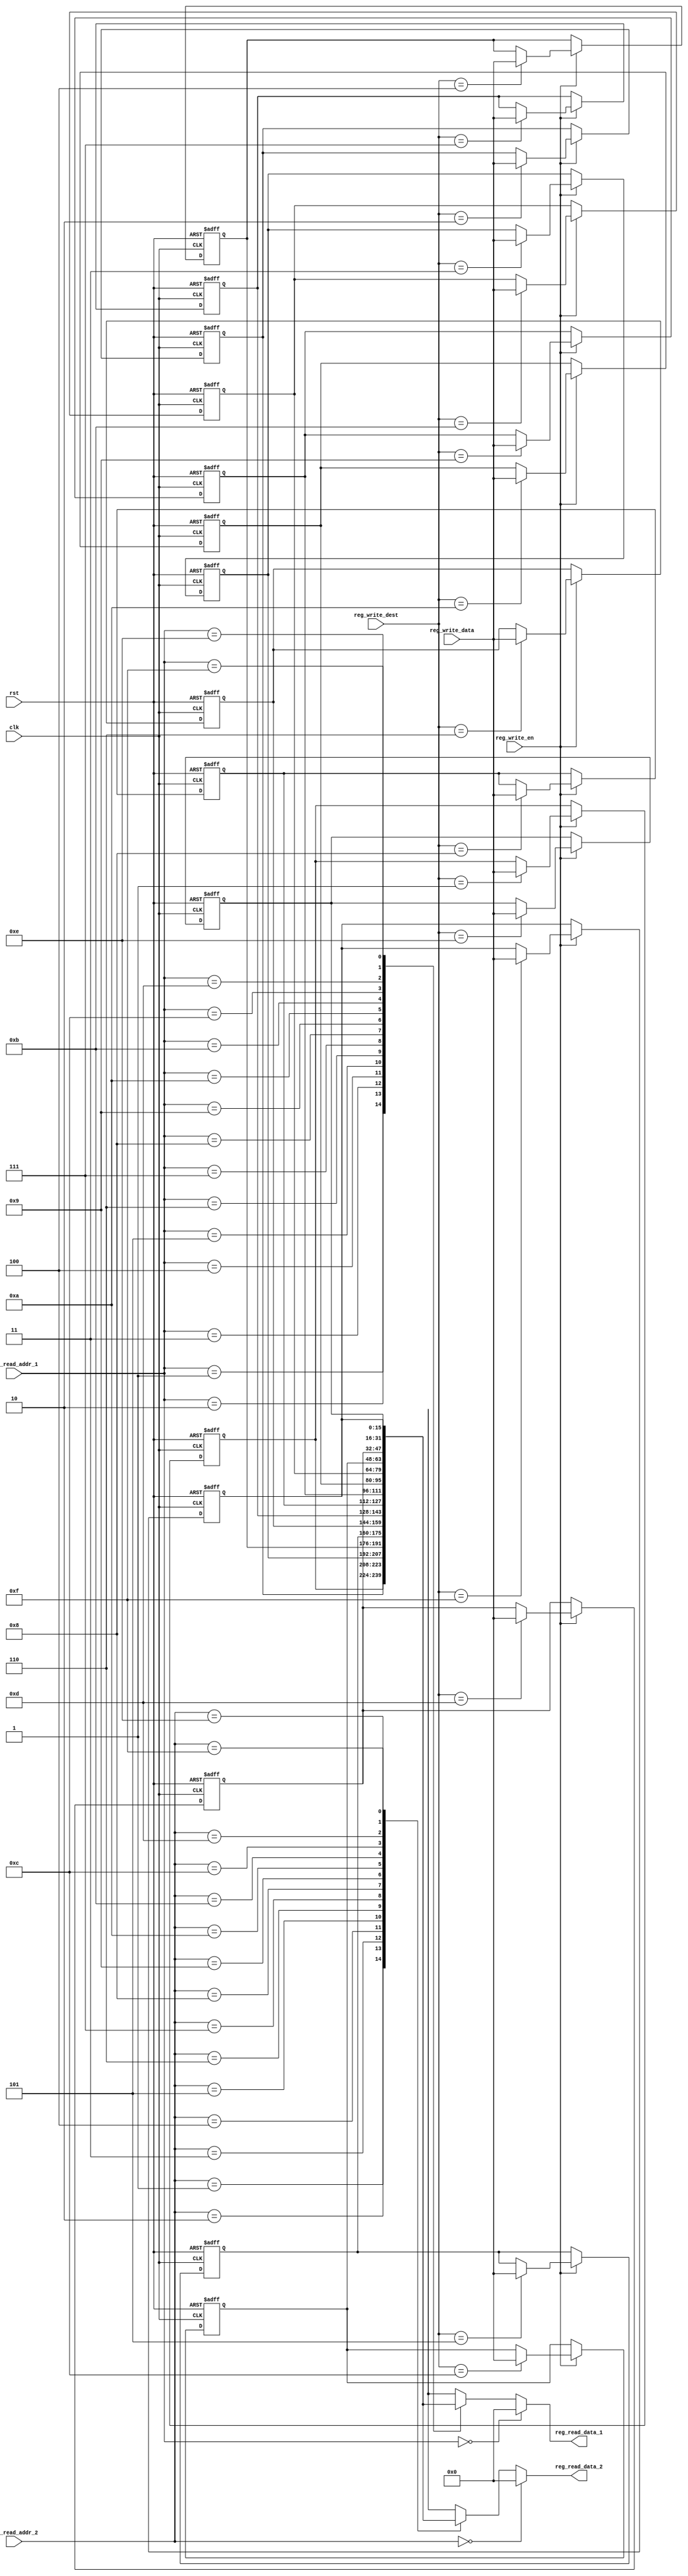
`timescale 1ns / 1ps
//////////////////////////////////////////////////////////////////////////////////
// Company: 
// Engineer: 
// 
// Design Name: 
// Module Name:    register_file 
// Project Name: 
// Target Devices: 
// Tool versions: 
// Description: 
//
// Dependencies: 
//
// Revision: 
// Revision 0.01 - File Created
// Additional Comments: 
//
//////////////////////////////////////////////////////////////////////////////////
 module register_file  
 (  
      input clk,  
      input rst,  
      input reg_write_en,  
      input [3:0] reg_write_dest,  
      input [15:0] reg_write_data,  
      input [3:0] reg_read_addr_1,  
      output [15:0] reg_read_data_1,  
      input [3:0] reg_read_addr_2,  
      output [15:0] reg_read_data_2  
 );  
      reg [15:0] reg_array [15:0];   
      always @ (posedge clk or posedge rst) begin  
           if(rst) begin  
                reg_array[0] <= 16'b0;  
                reg_array[1] <= 16'b0;  
                reg_array[2] <= 16'b0;  
                reg_array[3] <= 16'b0;  
                reg_array[4] <= 16'b0;  
                reg_array[5] <= 16'b0;  
                reg_array[6] <= 16'b0;  
                reg_array[7] <= 16'b0;  
                reg_array[8] <= 16'b0;  
                reg_array[9] <= 16'b0;  
                reg_array[10] <= 16'b0;  
                reg_array[11] <= 16'b0;  
                reg_array[12] <= 16'b0;  
                reg_array[13] <= 16'b0;  
                reg_array[14] <= 16'b0;  
                reg_array[15] <= 16'b0;  					 
           end  
           else begin  
                if(reg_write_en) begin  
                     reg_array[reg_write_dest] <= reg_write_data;  
                end  
           end  
      end  
      assign reg_read_data_1 = ( reg_read_addr_1 == 0)? 16'b0 : reg_array[reg_read_addr_1];  
      assign reg_read_data_2 = ( reg_read_addr_2 == 0)? 16'b0 : reg_array[reg_read_addr_2];  
 endmodule